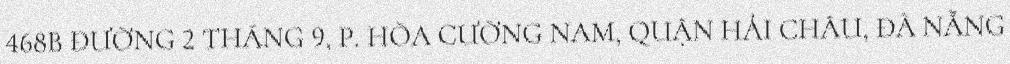
468B ĐƯỜNG 2 THÁNG 9, P. HÒA CƯỜNG NAM, QUẬN HẢI CHÂU, ĐÀ NẴNG